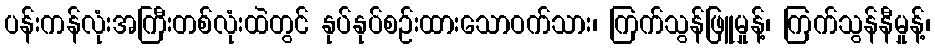
ပန်းကန်လုံးအကြီးတစ်လုံးထဲတွင် နုပ်နုပ်စဉ်းထားသောဝက်သား၊ ကြက်သွန်ဖြူမှုန့်၊ ကြက်သွန်နီမှုန့်၊